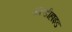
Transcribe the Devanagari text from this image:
अल्डीहाइड